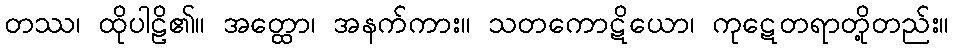
တဿ၊ ထိုပါဠိ၏။ အတ္ထော၊ အနက်ကား။ သတကောဋိယော၊ ကုဋေတရာတို့တည်း။